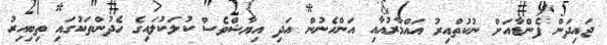
ޖައިދަން ފެންޑާއަށް ނުކުތްއިރު އައްމާރުއާއި އަންހެނުން އަދި އިޔާޝްވެސް ކުލަކުލައިގެ ހެދުންތަކުގައި ތިބިއިރު